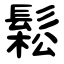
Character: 鬆